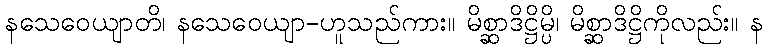
နသေဝေယျာတိ၊ နသေဝေယျာ-ဟူသည်ကား။ မိစ္ဆာဒိဋ္ဌိမ္ပိ၊ မိစ္ဆာဒိဋ္ဌိကိုလည်း။ န